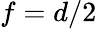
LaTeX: f=d/2